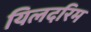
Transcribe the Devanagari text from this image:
यिलदरिम